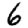
Digit: 6